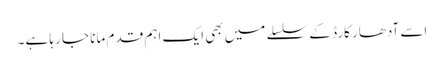
اسے آدھار کارڈ کے سلسلے میں بھی ایک اہم قدم مانا جا رہا ہے۔